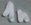
Text: 1n